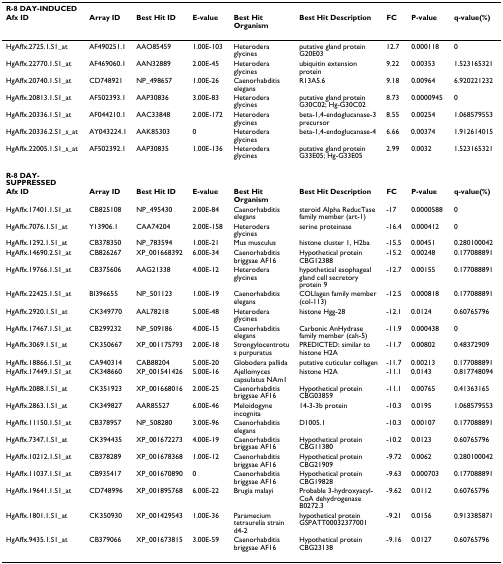
<table><thead><tr><td colspan="9"><b>R-8 DAY-INDUCED</b></td></tr><tr><td><b>Afx ID</b></td><td><b>Array ID</b></td><td><b>Best Hit ID</b></td><td><b>E-value</b></td><td><b>Best Hit Organism</b></td><td><b>Best Hit Description</b></td><td><b>FC</b></td><td><b>P-value</b></td><td><b>q-value(%)</b></td></tr></thead><tbody><tr><td>HgAffx.2725.1.S1_at</td><td>AF490251.1</td><td>AAO85459</td><td>1.00E-103</td><td>Heterodera glycines</td><td>putative gland protein G20E03</td><td>12.7</td><td>0.000118</td><td>0</td></tr><tr><td>HgAffx.22770.1.S1_at</td><td>AF469060.1</td><td>AAN32889</td><td>2.00E-45</td><td>Heterodera glycines</td><td>ubiquitin extension protein</td><td>9.22</td><td>0.00353</td><td>1.523165321</td></tr><tr><td>HgAffx.20740.1.S1_at</td><td>CD748921</td><td>NP_498657</td><td>1.00E-26</td><td>Caenorhabditis elegans</td><td>R13A5.6</td><td>9.18</td><td>0.00964</td><td>6.920221232</td></tr><tr><td>HgAffx.20813.1.S1_at</td><td>AF502393.1</td><td>AAP30836</td><td>3.00E-83</td><td>Heterodera glycines</td><td>putative gland protein G30C02; Hg-G30C02</td><td>8.73</td><td>0.0000945</td><td>0</td></tr><tr><td>HgAffx.20336.1.S1_at</td><td>AF044210.1</td><td>AAC33848</td><td>2.00E-172</td><td>Heterodera glycines</td><td>beta-1,4-endoglucanase-3 precursor</td><td>8.55</td><td>0.00254</td><td>1.068579553</td></tr><tr><td>HgAffx.20336.2.S1_s_at</td><td>AY043224.1</td><td>AAK85303</td><td>0</td><td>Heterodera glycines</td><td>beta-1,4-endoglucanase-4</td><td>6.66</td><td>0.00374</td><td>1.912614015</td></tr><tr><td>HgAffx.22005.1.S1_s_at</td><td>AF502392.1</td><td>AAP30835</td><td>1.00E-136</td><td>Heterodera glycines</td><td>putative gland protein G33E05; Hg-G33E05</td><td>2.99</td><td>0.0032</td><td>1.523165321</td></tr><tr><td><b>R-8 DAY-SUPPRESSED</b></td><td></td><td></td><td></td><td></td><td></td><td></td><td></td><td></td></tr><tr><td><b>Afx ID</b></td><td><b>Array ID</b></td><td><b>Best Hit ID</b></td><td><b>E-value</b></td><td><b>Best Hit Organism</b></td><td><b>Best Hit Description</b></td><td><b>FC</b></td><td><b>P-value</b></td><td><b>q-value(%)</b></td></tr><tr><td>HgAffx.17401.1.S1_at</td><td>CB825108</td><td>NP_495430</td><td>2.00E-84</td><td>Caenorhabditis elegans</td><td>steroid Alpha ReducTase family member (art-1)</td><td>-17</td><td>0.0000588</td><td>0</td></tr><tr><td>HgAffx.7076.1.S1_at</td><td>Y13906.1</td><td>CAA74204</td><td>2.00E-158</td><td>Heterodera glycines</td><td>serine proteinase</td><td>-16.4</td><td>0.000412</td><td>0</td></tr><tr><td>HgAffx.1292.1.S1_at</td><td>CB378350</td><td>NP_783594</td><td>1.00E-21</td><td>Mus musculus</td><td>histone cluster 1, H2ba</td><td>-15.5</td><td>0.00451</td><td>0.280100042</td></tr><tr><td>HgAffx.14690.2.S1_at</td><td>CB826267</td><td>XP_001668392</td><td>6.00E-34</td><td>Caenorhabditis briggsae AF16</td><td>Hypothetical protein CBG12388</td><td>-15.2</td><td>0.00248</td><td>0.177088891</td></tr><tr><td>HgAffx.19766.1.S1_at</td><td>CB375606</td><td>AAG21338</td><td>4.00E-12</td><td>Heterodera glycines</td><td>hypothetical esophageal gland cell secretory protein 9</td><td>-12.7</td><td>0.00155</td><td>0.177088891</td></tr><tr><td>HgAffx.22425.1.S1_at</td><td>BI396655</td><td>NP_501123</td><td>1.00E-19</td><td>Caenorhabditis elegans</td><td>COLlagen family member (col-113)</td><td>-12.5</td><td>0.000818</td><td>0.177088891</td></tr><tr><td>HgAffx.2920.1.S1_at</td><td>CK349770</td><td>AAL78218</td><td>5.00E-48</td><td>Heterodera glycines</td><td>histone Hgg-28</td><td>-12.1</td><td>0.0124</td><td>0.60765796</td></tr><tr><td>HgAffx.17467.1.S1_at</td><td>CB299232</td><td>NP_509186</td><td>4.00E-15</td><td>Caenorhabditis elegans</td><td>Carbonic AnHydrase family member (cah-5)</td><td>-11.9</td><td>0.000438</td><td>0</td></tr><tr><td>HgAffx.3069.1.S1_at</td><td>CK350667</td><td>XP_001175793</td><td>2.00E-18</td><td>Strongylocentrotus purpuratus</td><td>PREDICTED: similar to histone H2A</td><td>-11.7</td><td>0.00802</td><td>0.48372909</td></tr><tr><td>HgAffx.18866.1.S1_at</td><td>CA940314</td><td>CAB88204</td><td>5.00E-20</td><td>Globodera pallida</td><td>putative cuticular collagen</td><td>-11.7</td><td>0.00213</td><td>0.177088891</td></tr><tr><td>HgAffx.17449.1.S1_at</td><td>CK348660</td><td>XP_001541426</td><td>5.00E-16</td><td>Ajellomyces capsulatus NAm1</td><td>histone H2A</td><td>-11.1</td><td>0.0143</td><td>0.817748094</td></tr><tr><td>HgAffx.2088.1.S1_at</td><td>CK351923</td><td>XP_001668016</td><td>2.00E-25</td><td>Caenorhabditis briggsae AF16</td><td>Hypothetical protein CBG03859</td><td>-11.1</td><td>0.00765</td><td>0.41363165</td></tr><tr><td>HgAffx.2863.1.S1_at</td><td>CK349827</td><td>AAR85527</td><td>6.00E-46</td><td>Meloidogyne incognita</td><td>14-3-3b protein</td><td>-10.3</td><td>0.0195</td><td>1.068579553</td></tr><tr><td>HgAffx.11150.1.S1_at</td><td>CB378957</td><td>NP_508280</td><td>3.00E-96</td><td>Caenorhabditis elegans</td><td>D1005.1</td><td>-10.3</td><td>0.00107</td><td>0.177088891</td></tr><tr><td>HgAffx.7347.1.S1_at</td><td>CK394435</td><td>XP_001672273</td><td>4.00E-19</td><td>Caenorhabditis briggsae AF16</td><td>Hypothetical protein CBG11380</td><td>-10.2</td><td>0.0123</td><td>0.60765796</td></tr><tr><td>HgAffx.10212.1.S1_at</td><td>CB378289</td><td>XP_001678368</td><td>1.00E-12</td><td>Caenorhabditis briggsae AF16</td><td>Hypothetical protein CBG21909</td><td>-9.72</td><td>0.0062</td><td>0.280100042</td></tr><tr><td>HgAffx.11037.1.S1_at</td><td>CB935417</td><td>XP_001670890</td><td>0</td><td>Caenorhabditis briggsae AF16</td><td>Hypothetical protein CBG19828</td><td>-9.63</td><td>0.000703</td><td>0.177088891</td></tr><tr><td>HgAffx.19641.1.S1_at</td><td>CD748996</td><td>XP_001895768</td><td>6.00E-22</td><td>Brugia malayi</td><td>Probable 3-hydroxyacyl-CoA dehydrogenase B0272.3</td><td>-9.62</td><td>0.0112</td><td>0.60765796</td></tr><tr><td>HgAffx.1801.1.S1_at</td><td>CK350930</td><td>XP_001429543</td><td>1.00E-36</td><td>Paramecium tetraurelia strain d4-2</td><td>hypothetical protein GSPATT00032377001</td><td>-9.21</td><td>0.0156</td><td>0.913385871</td></tr><tr><td>HgAffx.9435.1.S1_at</td><td>CB379066</td><td>XP_001673815</td><td>3.00E-59</td><td>Caenorhabditis briggsae AF16</td><td>Hypothetical protein CBG23138</td><td>-9.16</td><td>0.0127</td><td>0.60765796</td></tr></tbody></table>